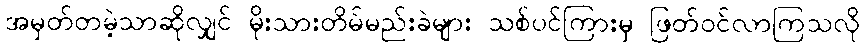
အမှတ်တမဲ့သာဆိုလျှင် မိုးသားတိမ်မည်းခဲများ သစ်ပင်ကြားမှ ဖြတ်ဝင်လာကြသလို